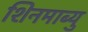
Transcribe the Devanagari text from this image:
शिनमाब्यु